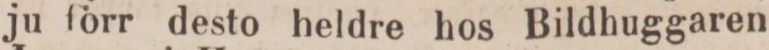
ju förr desto heldre hos Bildhuggaren